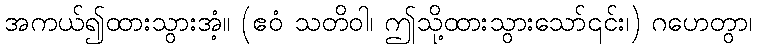
အကယ်၍ထားသွားအံ့။ (ဧဝံ သတိဝါ၊ ဤသို့ထားသွားသော်၎င်း၊) ဂဟေတွာ၊